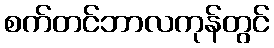
စက်တင်ဘာလကုန်တွင်